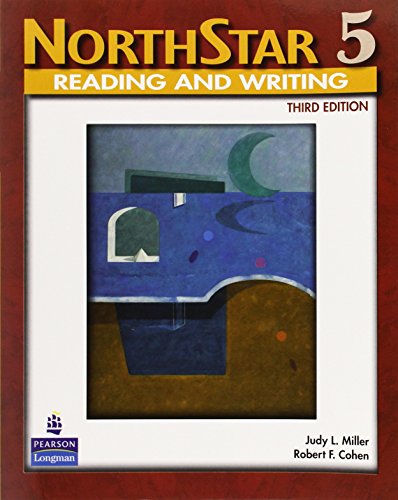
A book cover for NorthStar Reading and Writing 5, Third Edition (Student Book); Judy L. Miller; Reference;